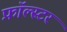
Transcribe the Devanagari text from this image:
फ़ॉल्स्टर